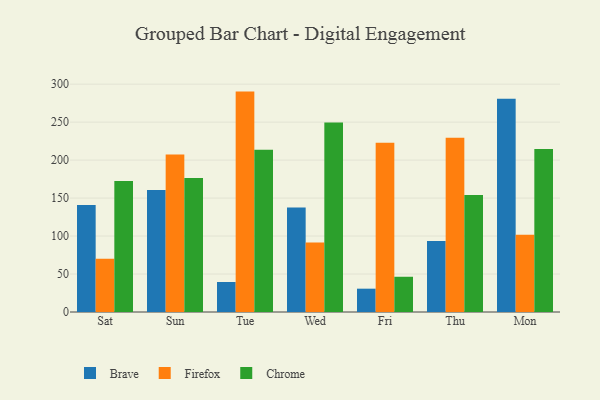
{"axis": {"x": "Day", "y": "Operating Costs (USD K)"}, "legend": ["Brave", "Chrome", "Firefox"], "data": [{"x": "Sat", "y": 140.8, "type": "Brave"}, {"x": "Sat", "y": 70.2, "type": "Firefox"}, {"x": "Sat", "y": 172.5, "type": "Chrome"}, {"x": "Sun", "y": 160.7, "type": "Brave"}, {"x": "Sun", "y": 207.5, "type": "Firefox"}, {"x": "Sun", "y": 176.3, "type": "Chrome"}, {"x": "Tue", "y": 39.5, "type": "Brave"}, {"x": "Tue", "y": 290.2, "type": "Firefox"}, {"x": "Tue", "y": 213.5, "type": "Chrome"}, {"x": "Wed", "y": 137.6, "type": "Brave"}, {"x": "Wed", "y": 91.6, "type": "Firefox"}, {"x": "Wed", "y": 249.6, "type": "Chrome"}, {"x": "Fri", "y": 30.7, "type": "Brave"}, {"x": "Fri", "y": 222.7, "type": "Firefox"}, {"x": "Fri", "y": 46.4, "type": "Chrome"}, {"x": "Thu", "y": 93.5, "type": "Brave"}, {"x": "Thu", "y": 229.4, "type": "Firefox"}, {"x": "Thu", "y": 154.1, "type": "Chrome"}, {"x": "Mon", "y": 280.7, "type": "Brave"}, {"x": "Mon", "y": 101.6, "type": "Firefox"}, {"x": "Mon", "y": 214.5, "type": "Chrome"}]}